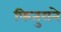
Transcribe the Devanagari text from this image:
फितुराने